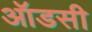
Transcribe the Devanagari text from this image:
ऑडसी